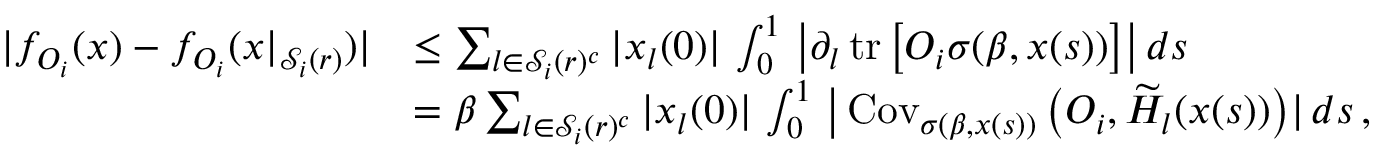
\begin{array} { r l } { | f _ { O _ { i } } ( x ) - f _ { O _ { i } } ( x | _ { \mathcal { S } _ { i } ( r ) } ) | } & { \le \sum _ { l \in \mathcal { S } _ { i } ( r ) ^ { c } } | x _ { l } ( 0 ) | \, \int _ { 0 } ^ { 1 } \, \big | \partial _ { l } \operatorname { t r } \big [ O _ { i } \sigma ( \beta , x ( s ) ) \big ] \big | \, d s } \\ & { = \beta \sum _ { l \in \mathcal { S } _ { i } ( r ) ^ { c } } | x _ { l } ( 0 ) | \, \int _ { 0 } ^ { 1 } \, \big | \operatorname { C o v } _ { \sigma ( \beta , x ( s ) ) } \big ( O _ { i } , \widetilde { H } _ { l } ( x ( s ) ) \big ) | \, d s \, , } \end{array}